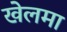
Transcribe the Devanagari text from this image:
खेलमा